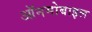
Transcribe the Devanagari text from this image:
ऑनमोबाइल